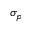
\sigma _ { p }